Sanitation, dispensaries and jails vaccination Rajputana 1922-1927 - 1922-1927
Year: 1922
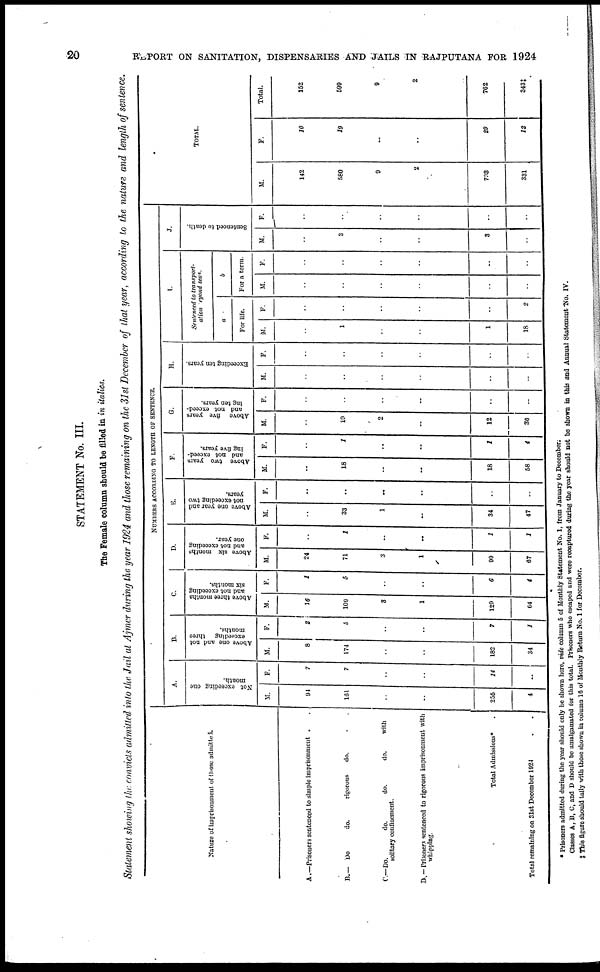
20
REPORT ON SANITATION, DISPENSARIES AND JAILS IN RAJPUTANA FOR 1924
STATEMENT No. III.
The Female column should be filled in in italics.
Statement showing the convicts admitted into the Jail at Ajmer during the year 1924 and those remaining on the 31 st December of that year, according to the nature and length of sentence.
Nature of imprisonment of those admitted.
A.—Prisoners sentenced to simple Imprisonment ..
B.— Do
do.
rigorous
do. ..
C—Do.
do.
do.
do.
with
solitary confinement.
D. — Prisoners sentenced to rigorous imprisonment with
whipping.
Total Admissions* .
Total remaining on 31st December 1924 ..
NUMBERS ACCORDING TO LENGTH OF SENTENCE.
A.
Not exceeding one
month.
M.
94
161
..
..
255
4
F.
7
7
..
..
14
..
B.
Above one and not
exceeding three
months.
M.
8
174
..
..
182
34
F.
2
5
..
..
7
1
C.
Above three months
and not exceeding
six months.
M.
10
100
3
1
129
64
F.
1
5
..
..
6
4
D.
Above six months
and not exceeding
one year.
M.
24
71
3
1
90
67
F.
..
1
..
..
1
1
E.
Above one year and
not exceeding two
years.
M.
..
33
1
..
34
47
F.
..
..
..
..
..
..
F.
Above two years
and not exceed-
ing five years.
M.
..
18
..
..
18
58
F.
..
1
..
..
1
4
G.
Above five years
and not exceed-
ing ten years.
M.
..
10
2
..
12
36
F.
..
..
..
..
..
..
H.
Exceeding ten years.
M.
..
..
..
..
..
..
F.
..
..
..
..
..
..
I.
Sentenced to transport-
ation eyond seas
a
For life.
M.
..
1
..
..
1
18
F.
..
..
..
..
..
2
b
For a term.
M.
..
..
..
..
..
..
F.
..
..
..
..
..
..
J.
Sentenced to death.
M.
..
3
..
..
3
..
F.
..
..
..
..
..
..
TOTAL.
M.
142
580
9
2
733
331
F.
10
19
..
..
29
12
Total.
152
599
9
2
762
343‡
* Prisoners admitted during the year should only be shown here, vide column 5 of Monthly Statement No. 1, from January to December.
Classes A, B, C, and D should be amalgamated for this total. Prisoners who escaped and were recaptured during the year should not be shown in this and Annual Statement No. IV.
‡ This figure should tally with those shown in column 16 of Monthly Return No. 1 for December.